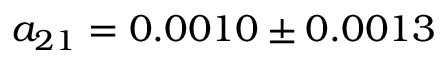
a _ { 2 1 } = 0 . 0 0 1 0 \pm 0 . 0 0 1 3